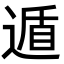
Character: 遁